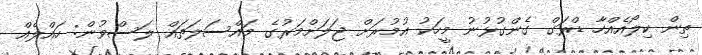
ތިން ކިލޯއެއްހާ ޑްރަގް ގެންގުޅުނު މީހަކު އުމުރަށް ޖަލަށްމަރުގެ މައްސަލަތައް ލަސްވުން: ހައްލެއް